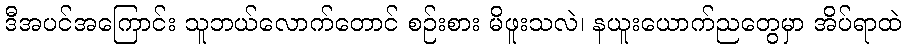
ဒီအပင်အကြောင်း သူဘယ်လောက်တောင် စဉ်းစား မိဖူးသလဲ၊ နယူးယောက်ညတွေမှာ အိပ်ရာထဲ